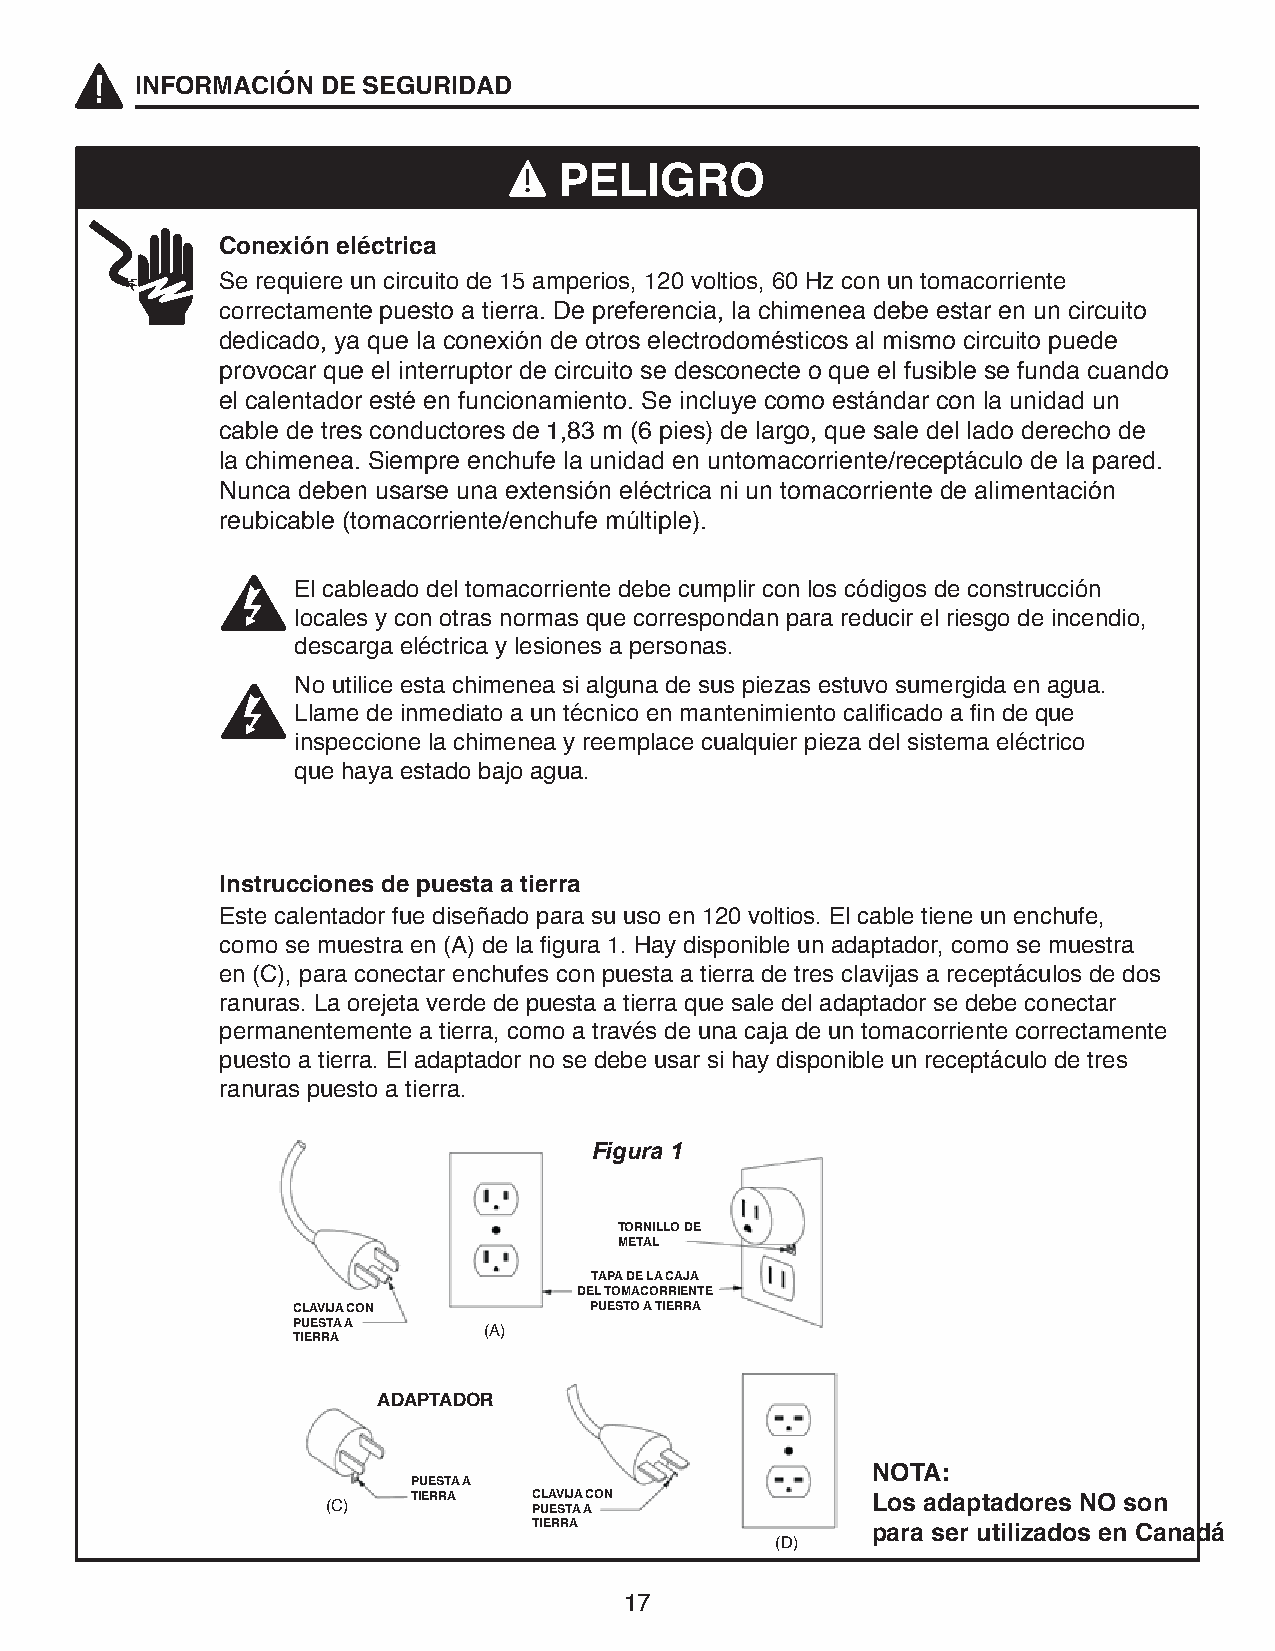
INFORMACIÓN DE SEGURIDAD
 PELIGRO
 Conexión eléctrica
 Se requiere un circuito de 15 amperios, 120 voltios, 60 Hz con un tomacorriente
 correctamente puesto a tierra. De preferencia, la chimenea debe estar en un circuito
 dedicado, ya que la conexión de otros electrodomésticos al mismo circuito puede
 provocar que el interruptor de circuito se desconecte o que el fusible se funda cuando
 el calentador esté en funcionamiento. Se incluye como estándar con la unidad un
 cable de tres conductores de 1,83 m (6 pies) de largo, que sale del lado derecho de
 la chimenea. Siempre enchufe la unidad en untomacorriente/receptáculo de la pared.
 Nunca deben usarse una extensión eléctrica ni un tomacorriente de alimentación
 reubicable (tomacorriente/enchufe múltiple).
 El cableado del tomacorriente debe cumplir con los códigos de construcción
 locales y con otras normas que correspondan para reducir el riesgo de incendio,
 descarga eléctrica y lesiones a personas.
 No utilice esta chimenea si alguna de sus piezas estuvo sumergida en agua.
 Llame de inmediato a un técnico en mantenimiento calificado a fin de que
 inspeccione la chimenea y reemplace cualquier pieza del sistema eléctrico
 que haya estado bajo agua.
 Instrucciones de puesta a tierra
 Este calentador fue diseñado para su uso en 120 voltios. El cable tiene un enchufe,
 como se muestra en (A) de la figura 1. Hay disponible un adaptador, como se muestra
 en (C), para conectar enchufes con puesta a tierra de tres clavijas a receptáculos de dos
 ranuras. La orejeta verde de puesta a tierra que sale del adaptador se debe conectar
 permanentemente a tierra, como a través de una caja de un tomacorriente correctamente
 puesto a tierra. El adaptador no se debe usar si hay disponible un receptáculo de tres
 ranuras puesto a tierra.
 Figura 1
 TORNILLO DE
 METAL
 TAPA DE LA CAJA
 DEL TOMACORRIENTE
 CLAVIJA CON         PUESTO A TIERRA
 PUESTA A
 (A)
 TIERRA
 ADAPTADOR
 NOTA:
 PUESTA A
 (C)  TIERRA  C PULA EV SI TJ AA AC ON Los adaptadores NO son
 TIERRA
 para ser utilizados en Canadá
 (D)
 17